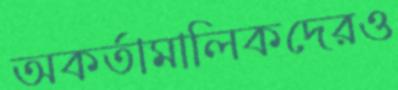
অকর্তামালিকদেরও